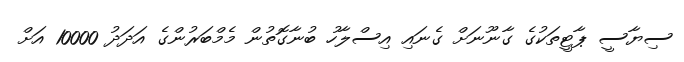
ސިޔާސީ ޕާޓީތަކުގެ ގާނޫނަށް ގެނައި އިސްލާހު ބުނާގޮތުން މެމްބަރުންގެ އަދަދު 10000 އަށް